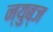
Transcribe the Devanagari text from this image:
न्युब्ज